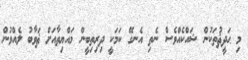
މި ޙަދީޘުތަކުން ޝައްކެއްވެސް ނެތި އެނގޭ ކަމަކީ ދިރިތިބީން މައްޔިތާއަށް ޘަވާބު ލެއްވުން